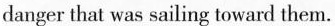
danger that was sailing toward them.